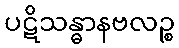
ပဋိသန္ဓာနဗလဉ္စ